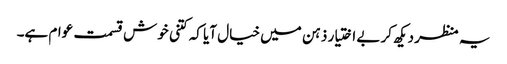
یہ منظر دیکھ کر بے اختیار ذہن میں خیال آیا کہ کتنی خوش قسمت عوام ہے۔